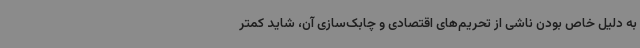
به دلیل خاص بودن ناشی از تحریم‌های اقتصادی و چابک‌سازی آن، شاید کمتر